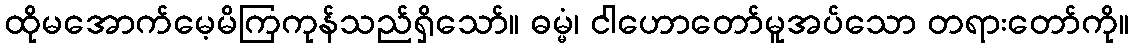
ထိုမအောက်မေ့မိကြကုန်သည်ရှိသော်။ ဓမ္မံ၊ ငါဟောတော်မူအပ်သော တရားတော်ကို။